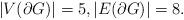
LaTeX: \begin{align*}|V(\partial G)| = 5, |E(\partial G)| = 8.\end{align*}